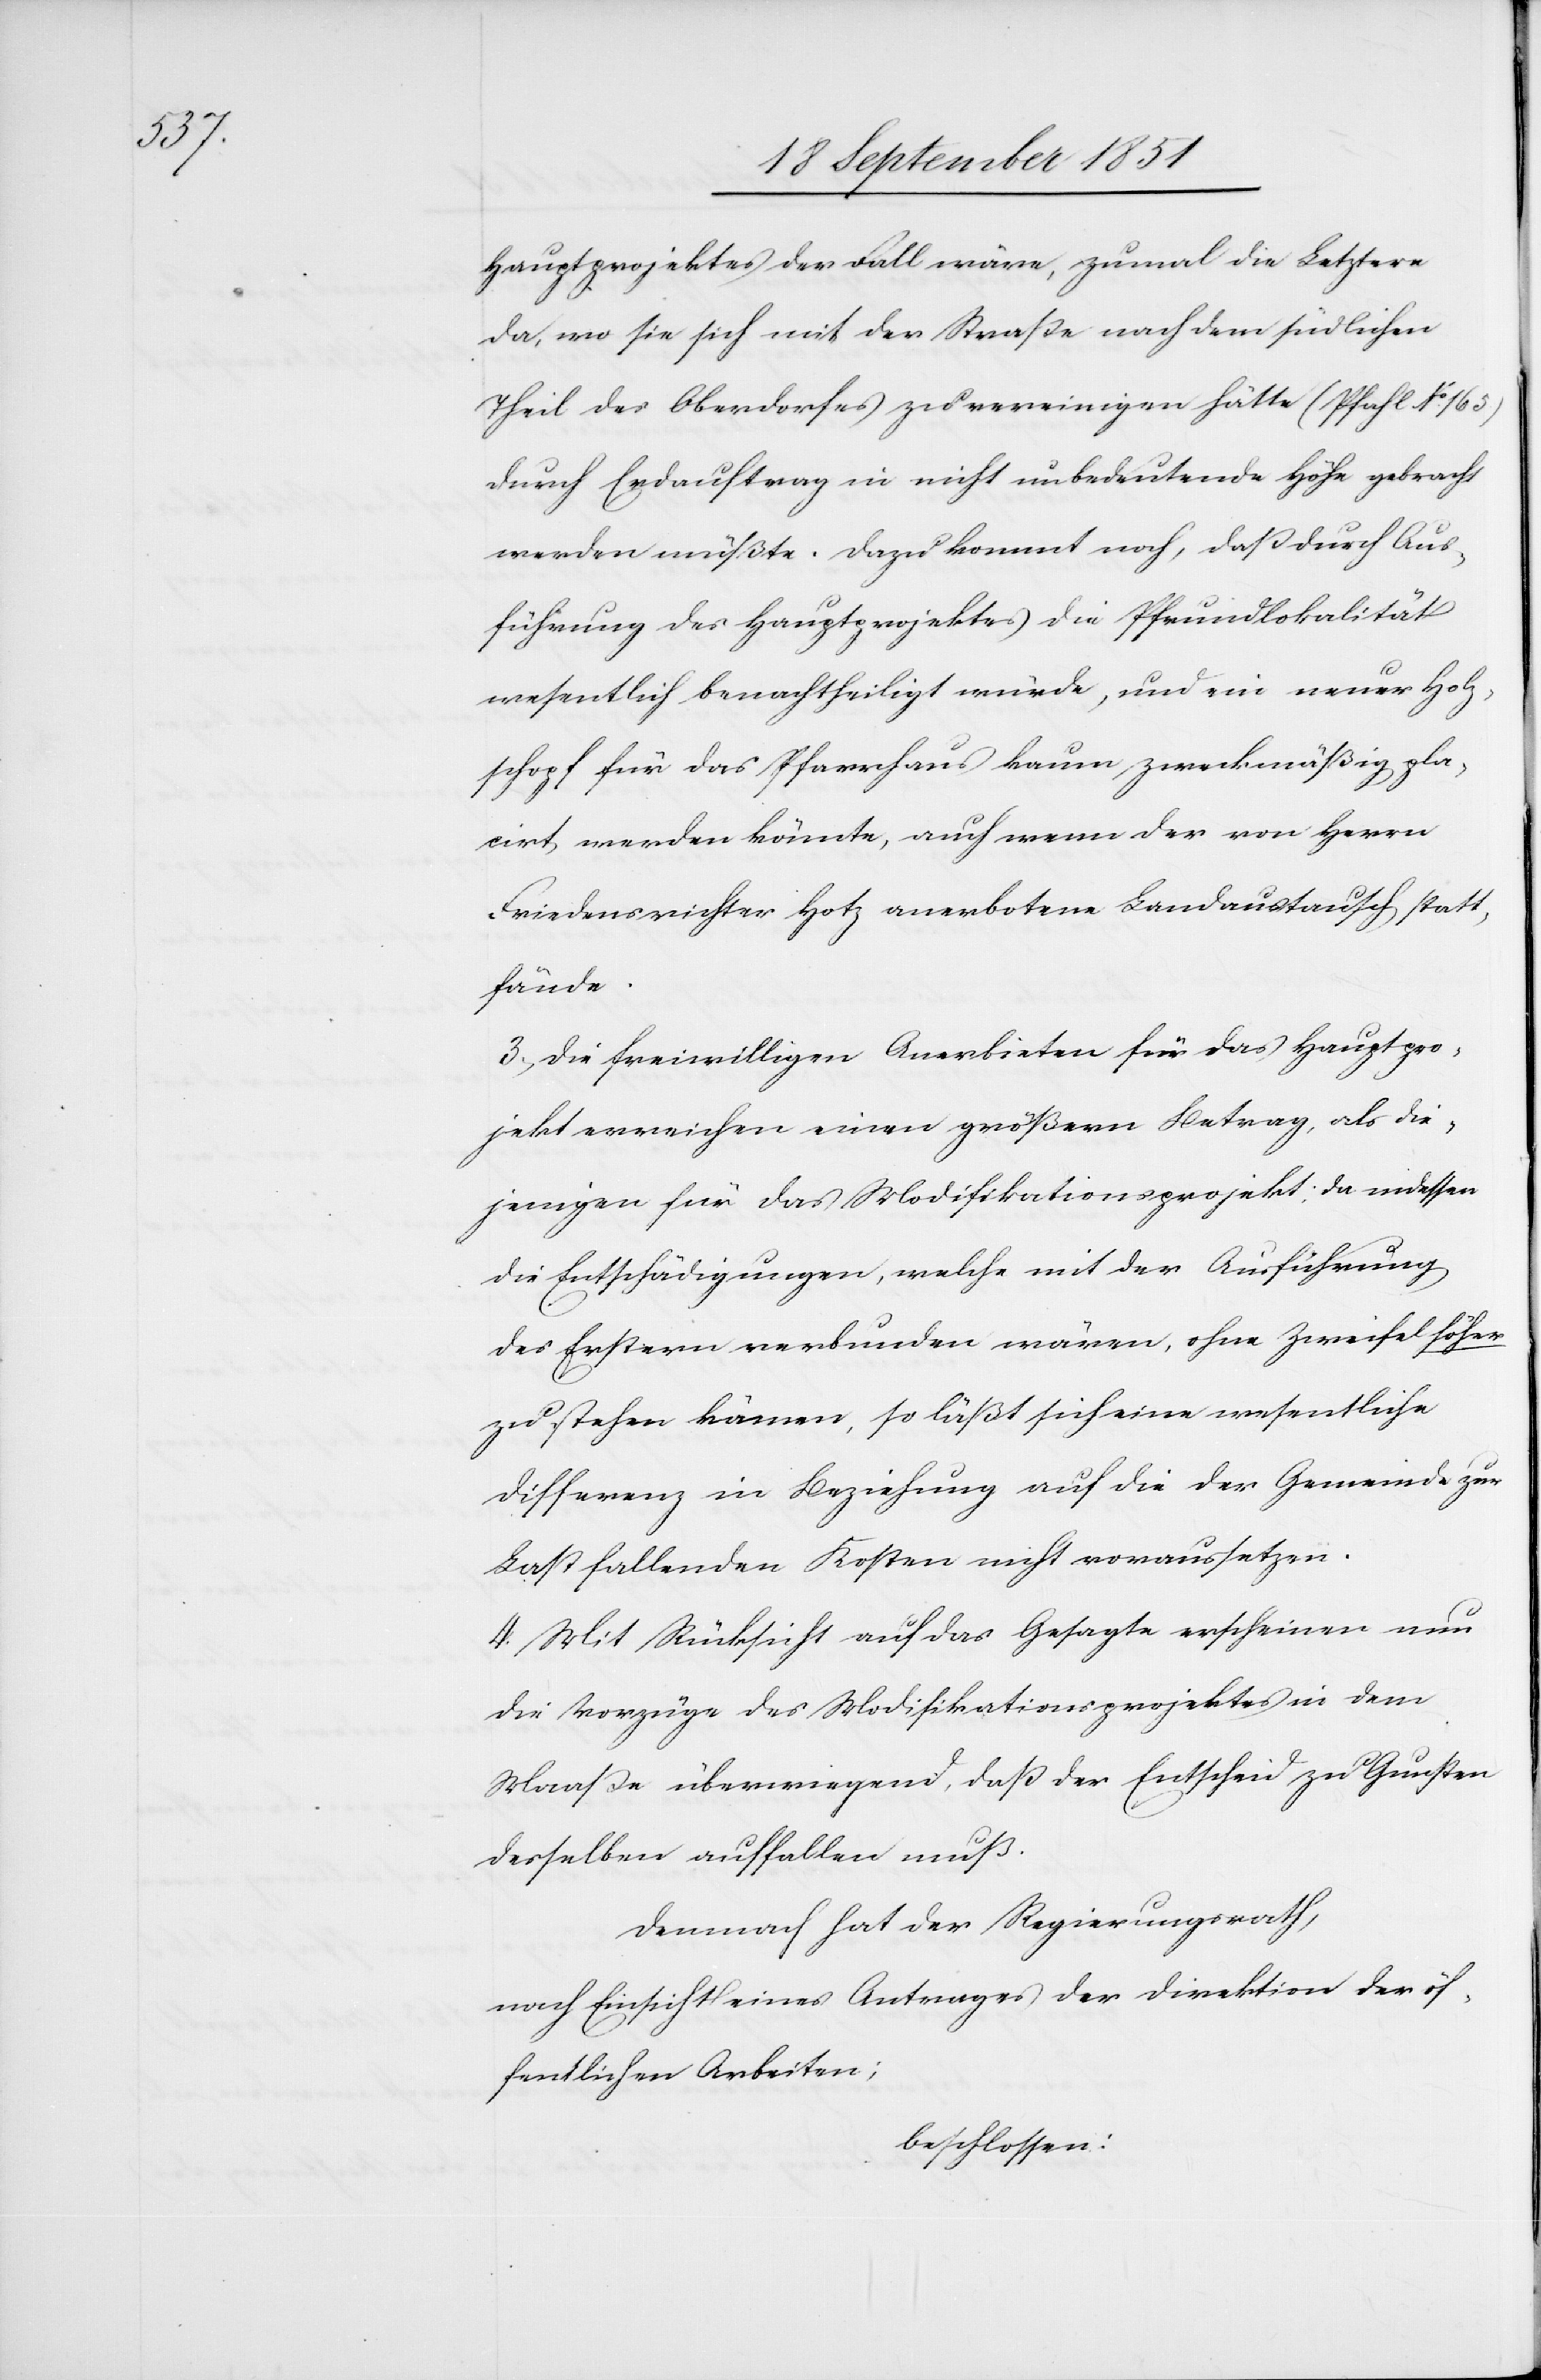
Hauptprojektes der Fall wäre, zumal die Letztere
da, wo sie sich mit der Straße nach dem südlichen
Theil des Oberdorfes zu vereinigen hätte (Pfahl No. 165)
durch Erdauftrag in nicht unbedeutende Höhe gebracht
werden müßte. Dazu kommt noch, daß durch Aus¬
führung des Hauptprojektes die Pfrundlokalität
wesentlich benachtheiligt würde, und ein neuer Holz¬
schopf für das Pfarrhaus kaum zweckmäßig pla¬
cirt werden könnte, auch wenn der von Herrn
Friedensrichter Hotz anerbotene Landaustausch statt¬
fände.
3, Die freiwilligen Anerbieten für das Hauptpro¬
jekt erreichen einen größern Betrag, als die¬
jenigen für das Modifikationsprojekt; da indessen
die Entschädigungen, welche mit der Ausführung
des Erstern verbunden wären, ohne Zweifel höher
zu stehen kämen, so läßt sich eine wesentliche
Differenz in Beziehung auf die der Gemeinde zur
Last fallenden Kosten nicht voraussetzen.
4. Mit Rücksicht auf das Gesagte erscheinen nun
die Vorzüge des Modifikationsprojektes in dem
Maaße überwiegend, daß der Entscheid zu Gunsten
desselben auffallen
Demnach hat der Regierungsrath,
nach Einsicht eines Antrages der Direktion der öf¬
fentlichen Arbeiten;
beschlossen: